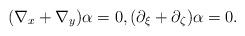
LaTeX: \begin{align*}(\nabla_x+\nabla_y)\alpha=0,(\partial_\xi+\partial_\zeta)\alpha=0.\end{align*}